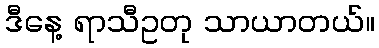
ဒီနေ့ ရာသီဥတု သာယာတယ်။